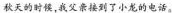
秋天的时候，我父亲接到了小龙的电话。